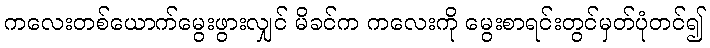
ကလေးတစ်ယောက်မွေးဖွားလျှင် မိခင်က ကလေးကို မွေးစာရင်းတွင်မှတ်ပုံတင်၍